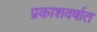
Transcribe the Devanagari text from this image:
प्रकाशवर्षात